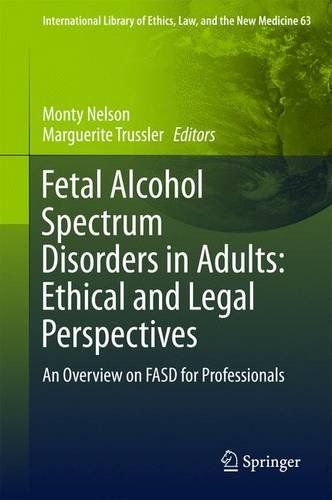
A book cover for Fetal Alcohol Spectrum Disorders in Adults: Ethical and Legal Perspectives: An overview on FASD for professionals (International Library of Ethics, Law, and the New Medicine); Law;